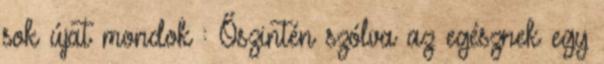
sok újat mondok : Őszintén szólva az egésznek egy